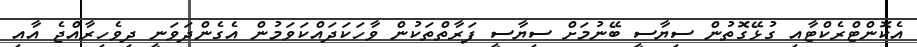
އެކޮންޓްރެކްޓާއި ގުޅޭގޮތުން ސިޔާސީ ބޭނުމަށް ސިޔާސީ ފަރާތްތަކުން ވާހަކަދައްކަވަމުން އެގެންދަވަނީ ދިވެހިރާއްޖެ އާއި